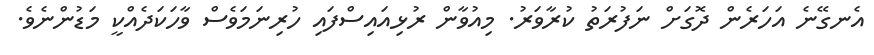
އެނގޭނެ އަހަރެން ދޮގަށް ނަފުރަތު ކުރާވަރު. މިއުވާން ރުޅިއައިސްފައި ހުރިނަމަވެސް ވާހަކަދެއްކީ މަޑުންނެވެ.